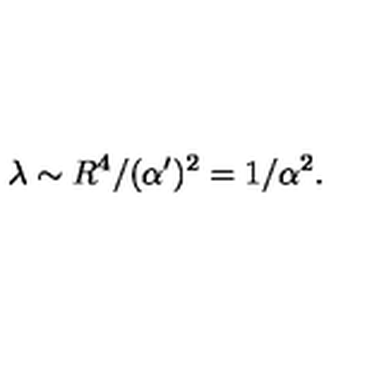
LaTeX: \lambda \sim R ^ { 4 } / ( \alpha ^ { \prime } ) ^ { 2 } = 1 / \alpha ^ { 2 } .